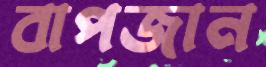
বাপজান